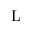
\mathrm { L }